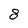
Character: 8